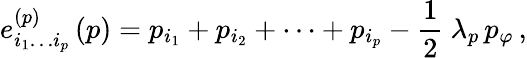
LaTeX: e_{i_{1}\ldots i_{p}}^{(p)}\, (p)=p_{i_{1}}+p_{i_{2}}+\cdots+p_{i_{p}}-\frac{1}{2}\ \lambda_{p}\, p_{\varphi}\, ,